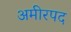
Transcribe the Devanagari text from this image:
अमीरपद